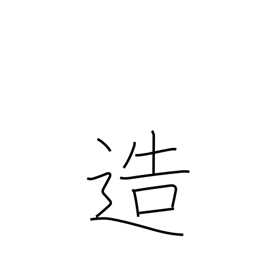
Meaning: create